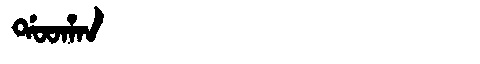
Manchu: ᡩᠣᠣᡥᠠᠨ
Romanization: DOOHAN